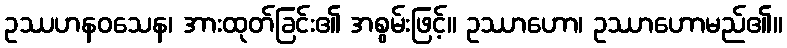
ဥဿဟနဝသေန၊ အားထုတ်ခြင်း၏ အစွမ်းဖြင့်။ ဥဿာဟော၊ ဥဿာဟောမည်၏။